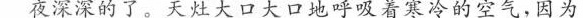
夜深深的了。天灶大口大口地呼吸着寒冷的空气，因为